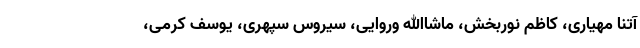
آتنا مهیاری، کاظم نوربخش، ماشاالله وروایی، سیروس سپهری، یوسف کرمی،